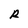
Character: R